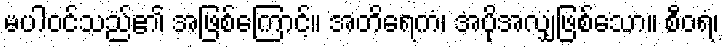
မပါဝင်သည်၏ အဖြစ်ကြောင့်။ အတိရေကံ၊ အပိုအလျှံဖြစ်သော။ စီဝရံ၊